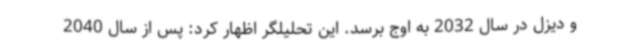
و دیزل در سال 2032 به اوج برسد. این تحلیلگر اظهار کرد: پس از سال 2040